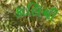
કાલિચી